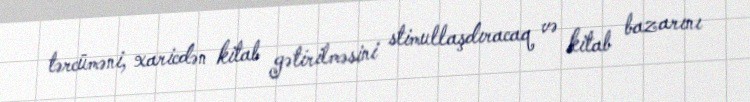
tərcüməni, xaricdən kitab gətirilməsini stimullaşdıracaq və kitab bazarını